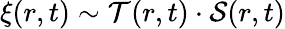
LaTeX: \xi(r,t)\sim\mathcal{T}(r,t)\cdot\mathcal{S}(r,t)